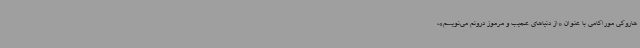
هاروکی موراکامی با عنوان «از دنیاهای عجیب و مرموز درونم می‌نویسم»،